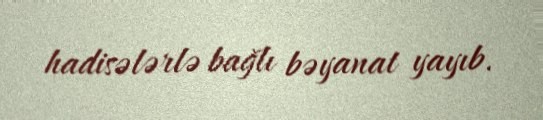
hadisələrlə bağlı bəyanat yayıb.